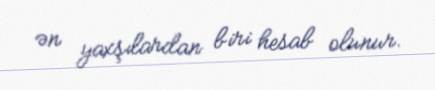
ən yaxşılardan biri hesab olunur.